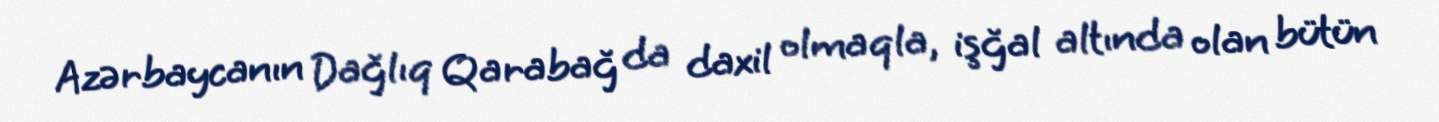
Azərbaycanın Dağlıq Qarabağ da daxil olmaqla, işğal altında olan bütün